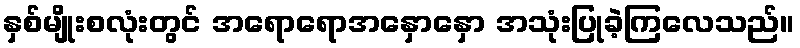
နှစ်မျိုးစလုံးတွင် အရောရောအနှောနှော အသုံးပြုခဲ့ကြလေသည်။